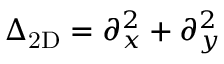
\Delta _ { \mathrm { 2 D } } = \partial _ { x } ^ { 2 } + \partial _ { y } ^ { 2 }